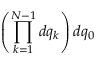
\left( \prod _ { k = 1 } ^ { N - 1 } d q _ { k } \right) d q _ { 0 }